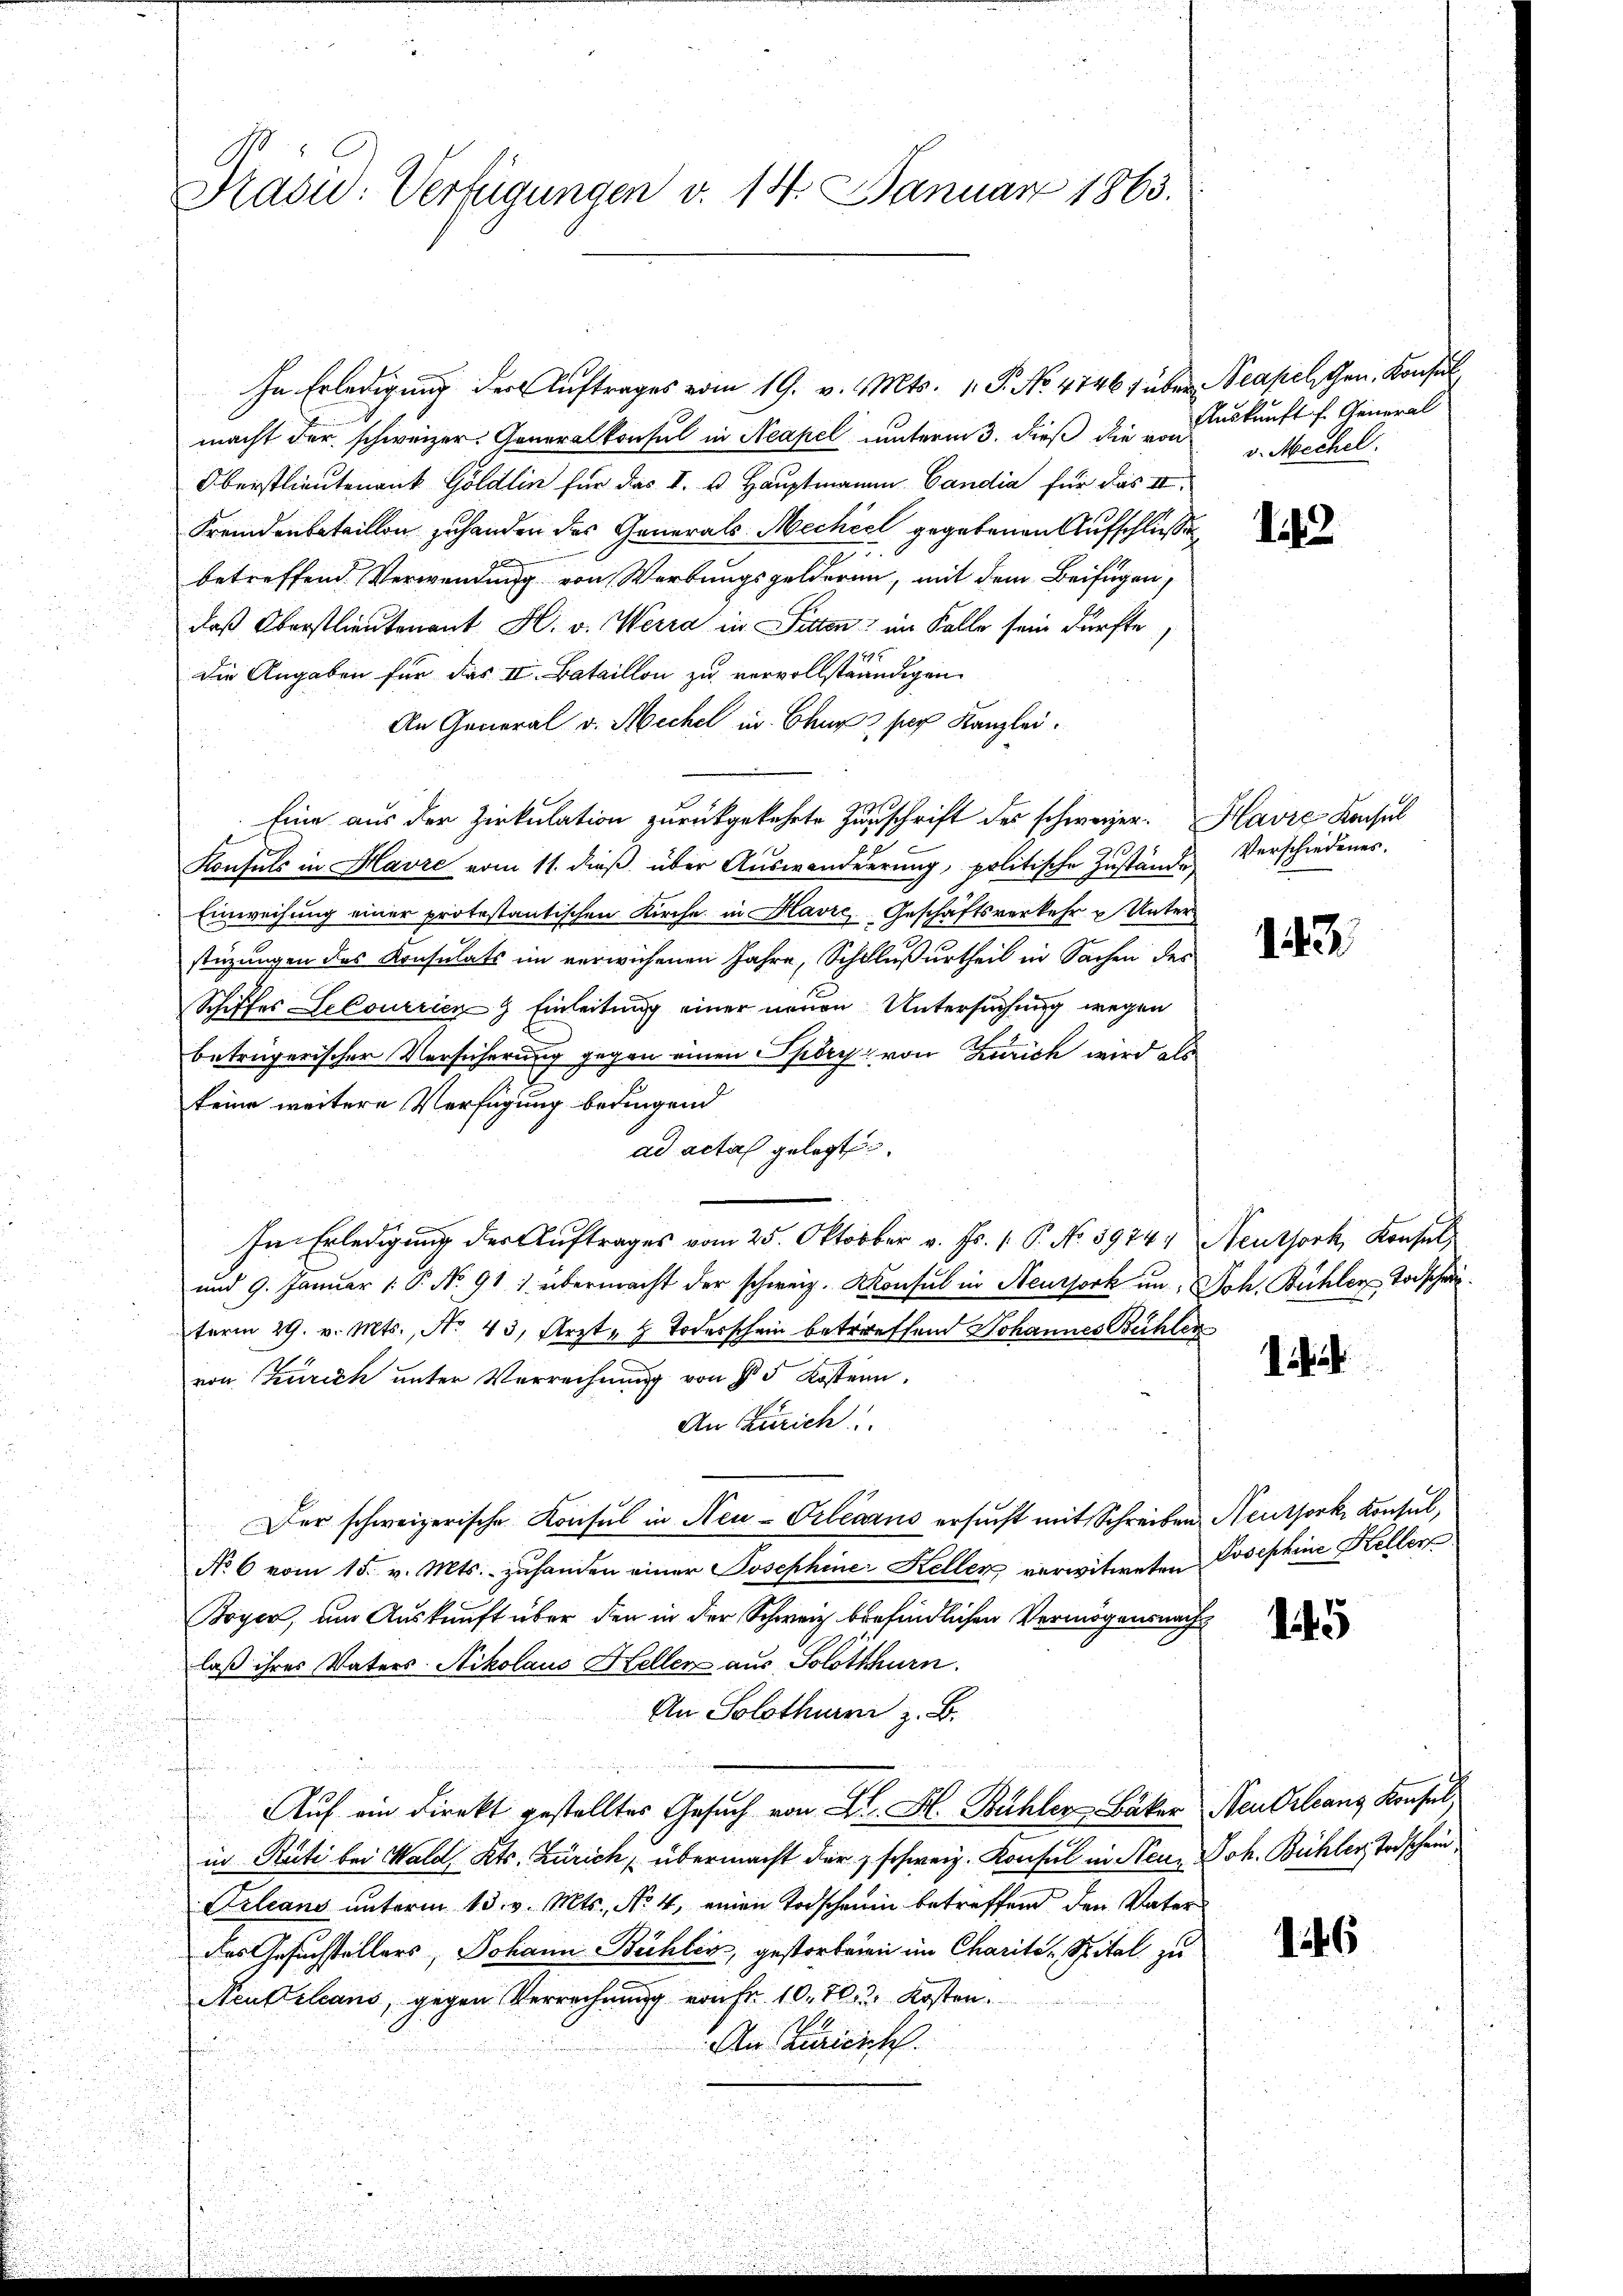
Grasu: Verfügungen v. 14. Januar 1863.

In Erledigung der Auftrages vom 19. v. Mts. 1. P. No. 4746 f über Neapelschen, Konsul
macht der schweizer. Generalkonsul in Neapel unterm 3. dieß die von
Oberstlieutenant Göldlin für das k. k. Hauptmann Candia für das III.
Fremdenbataillon zuhanden des Generals Meckiel gegebenen Aufschluße
2
betreffend Verwendung von Werbungsgelderen, mit dem Beifügen,
daß Oberstlieutenant H. v. Werra in Sitten, im Kolle sein dürfte,
9895
die Angaben für das II. Bataillon zu vervollständigen
An General v. Mechel in Chur sich Kanzlei.
Eine aus der Zirkulation zurückgekehrte Zuschrift der schweizer. Havre Konsul
310.
Konsuls in Havre vom 11. dieß über Auswanderrung, politische Zustände
Einweisung einer protestantischen Kirche in Havre, Geschäftsverkehr u Unterstüzungen des Konsulats im verwichenen Jahre, Schlußurtheil in Sachen des
Schiffes Lecourrien Einleitung einer neuen Untersuchung wegen
betrügerischer Versicherung gegen einen Spöry von Zürich wird als
240
keine weitere Verfügung bedingend
ad acta gelegt
Im Erledigung der Auftrages vom 25. Oktober v. Fr. 1. P. No 5974, Neuthork, Konsul
und 9. Januar 1. P. No. 911 übermacht der schweiz. Konsul in Neursork in Joh. Bühler Todscharterm 29. v. Mts., No 43, Arzt.  Todesschein betreffend Johannes Bühler
von Zürich unter Verrechnung von § 5 Kostern.
An Zürich
Der schweizerische Konsul in Neu-Orlearus ersucht mit Schreiben Neuthork, Konsul,
No 6 vom 15. v. Mts. zŭ handen einer Josephine Kellen verwitweten Josephine Keller
Boyer, um Auskunft über den in der Schweiz befindlichen Vermögensnachlaß ihres Vaters. Nikolaus Heller aus Solothurn.
An Solothurni z. B.
Auf ein Direkt gestelltes Gesuch von L. H. Bühler Bäker Neu Orleanz Konsul
in Stuti bei Wald, Kts. Zürich, übermacht der schweiz. Konsul in Neun Joh. Bühler Todschein
Orleans unterm 13. v. Mts., No. 4, einen Todscharin betreffend den Vater
das Gesuchstellers, Johann Bühlin, gestorbenen im Charite. Spital zu
Neufelians, gegen Verrechnung von Fr. 10. 703. Kosten.
An Zuricrth.

Auskunft f. General
v. Mechel.

142

Verschiedenes.

123

145

146